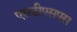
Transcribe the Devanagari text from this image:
एसडीएसएस